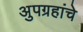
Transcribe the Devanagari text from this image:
अुपग्रहांचे